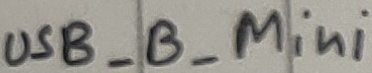
Text: USB_B_Mini